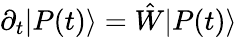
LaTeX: \partial_{t}|P(t)\rangle=\hat{W}|P(t)\rangle